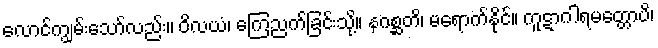
လောင်ကျွမ်းသော်လည်း။ ဝိလယံ၊ ကြေညက်ခြင်းသို့။ နဂစ္ဆတိ၊ မရောက်နိုင်။ ကူဋာဂါရမတ္တောပိ၊